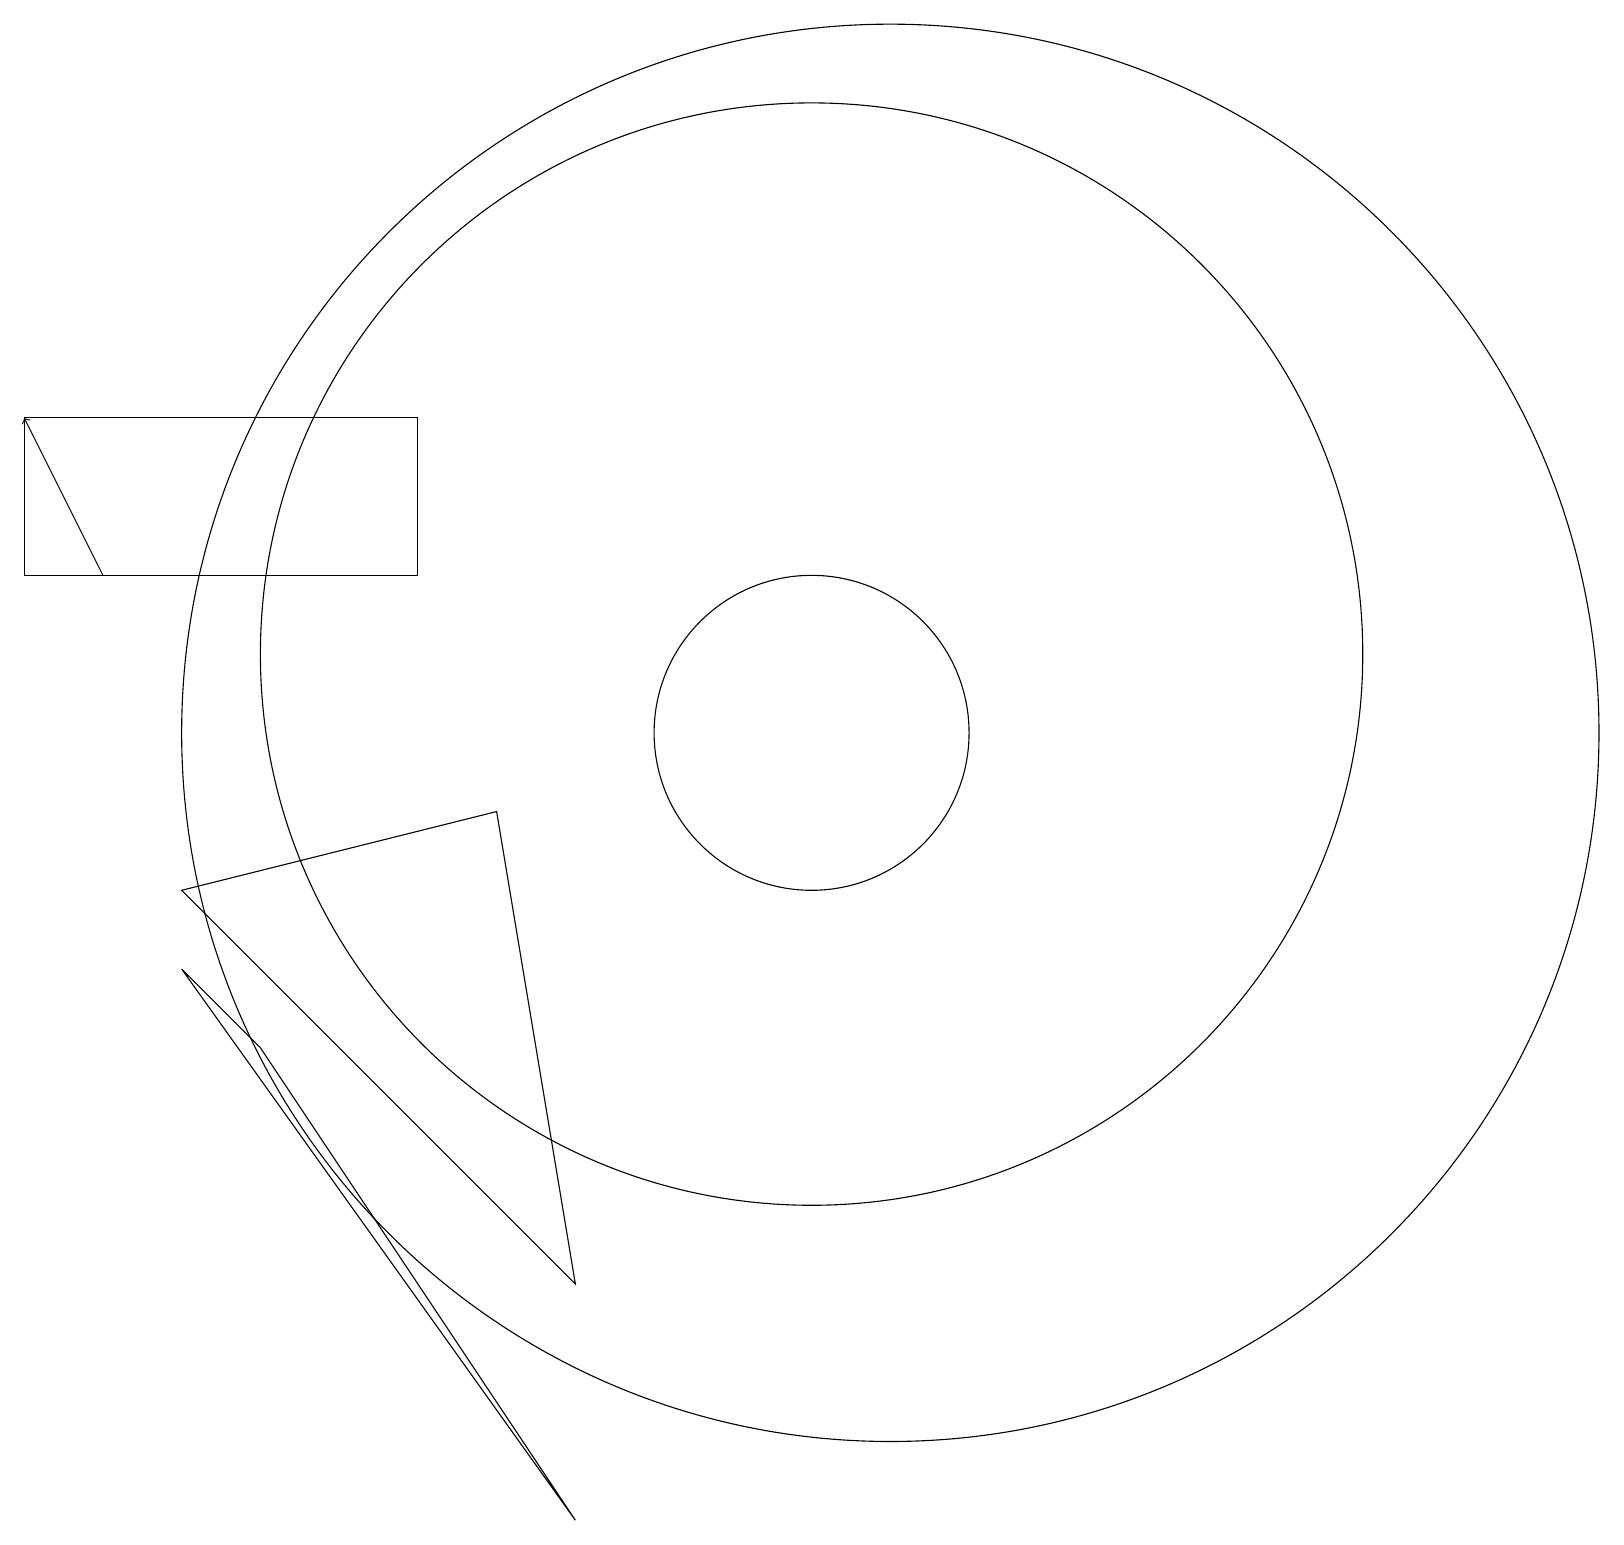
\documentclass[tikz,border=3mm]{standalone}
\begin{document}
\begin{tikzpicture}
\draw[->] (2,12) -- (1,14);
\draw (6,12) rectangle (1,14);
\draw (11,11) circle (7);
\draw (7,9) -- (8,3) -- (3,8) -- cycle;
\draw (11,10) circle (2);
\draw (8,0) -- (4,6) -- (3,7) -- cycle;
\draw (12,10) circle (9);
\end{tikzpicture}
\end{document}